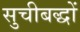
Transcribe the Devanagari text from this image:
सुचीबद्धों